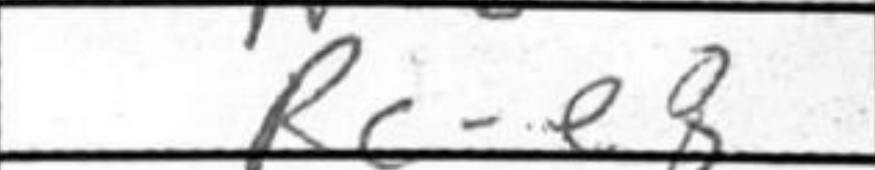
Transcription: Rce8